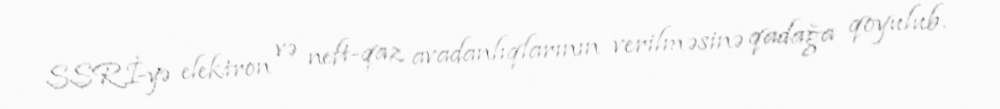
SSRİ-yə elektron və neft-qaz avadanlıqlarının verilməsinə qadağa qoyulub.